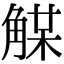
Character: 𧤈